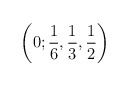
\begin{align*}\left( 0;\frac{1}{6},\frac{1}{3},\frac{1}{2}\right)\end{align*}